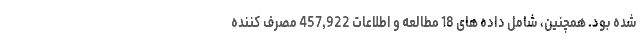
شده بود. همچنین، شامل داده های 18 مطالعه و اطلاعات 457,922 مصرف کننده